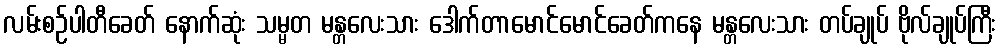
လမ်းစဉ်ပါတီခေတ် နောက်ဆုံး သမ္မတ မန္တလေးသား ဒေါက်တာမောင်မောင်ခေတ်ကနေ မန္တလေးသား တပ်ချုပ် ဗိုလ်ချုပ်ကြီး